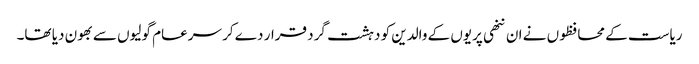
ریاست کے محافظوں نے ان ننھی پریوں کے والدین کو دہشت گرد قرار دے کر سرعام گولیوں سے بھون دیا تھا۔